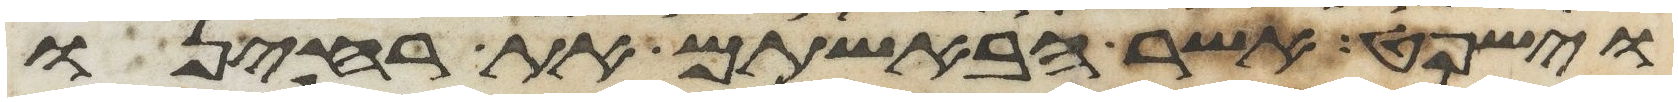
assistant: וישפט אשר הבאשתם את ריחנו